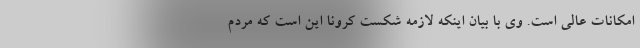
امکانات عالی است. وی با بیان اینکه لازمه شکست کرونا این است که مردم